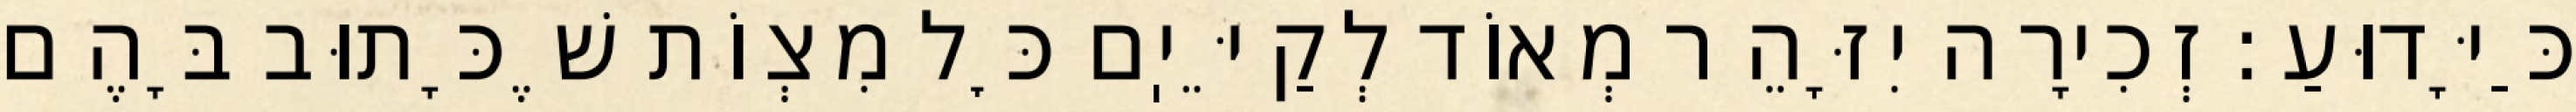
כַּיָּדוּעַ: זְכִירָה יִזָּהֵר מְאוֹד לְקַיֵּיֽם כׇּל מִצְוֹת שֶׁכָּתוּב בָּהֶם